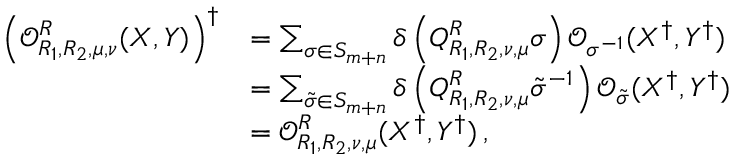
\begin{array} { r l } { \left( \mathcal { O } _ { R _ { 1 } , R _ { 2 } , \mu , \nu } ^ { R } ( X , Y ) \right) ^ { \dagger } } & { = \sum _ { \sigma \in S _ { m + n } } \delta \left( Q _ { R _ { 1 } , R _ { 2 } , \nu , \mu } ^ { R } \sigma \right) \mathcal { O } _ { \sigma ^ { - 1 } } ( X ^ { \dagger } , Y ^ { \dagger } ) } \\ & { = \sum _ { \tilde { \sigma } \in S _ { m + n } } \delta \left( Q _ { R _ { 1 } , R _ { 2 } , \nu , \mu } ^ { R } \tilde { \sigma } ^ { - 1 } \right) \mathcal { O } _ { \tilde { \sigma } } ( X ^ { \dagger } , Y ^ { \dagger } ) } \\ & { = \mathcal { O } _ { R _ { 1 } , R _ { 2 } , \nu , \mu } ^ { R } ( X ^ { \dagger } , Y ^ { \dagger } ) \, , } \end{array}